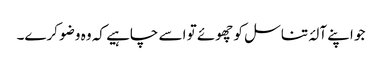
جو اپنے آلۂ تناسل کو چھوئے تو اسے چاہیے کہ وہ وضو کرے۔